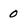
Character: O